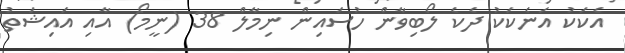
އެކަކު އަނެކަކު ދެކެ ލޯބިވާން ހުސައިން ނިމާލް 38 (ނީމޯ) އާއި އައިޝަތު